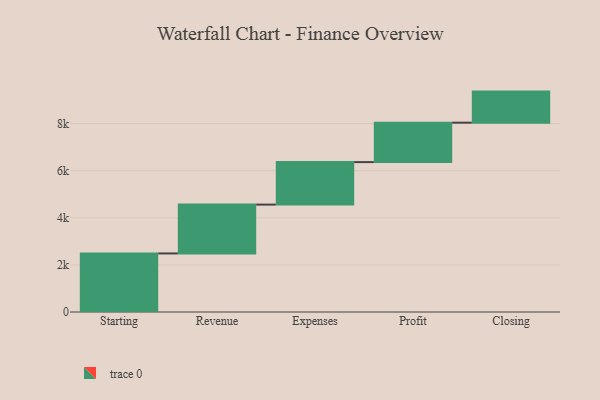
{"axis": {"x": "Step", "y": "Value"}, "legend": [""], "data": [{"x": "Starting", "y": 2487.0, "type": ""}, {"x": "Revenue", "y": 2074.0, "type": ""}, {"x": "Expenses", "y": 1805.0, "type": ""}, {"x": "Profit", "y": 1675.0, "type": ""}, {"x": "Closing", "y": 1319.0, "type": ""}]}